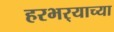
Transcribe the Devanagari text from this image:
हरभर्‍याच्या